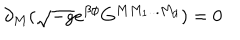
\partial _ { M } ( \sqrt { - g } e ^ { \beta \phi } G ^ { M M _ { 1 } . . . M _ { d } } ) = 0